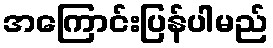
အကြောင်းပြန်ပါမည်